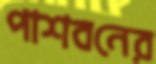
পাশবনের